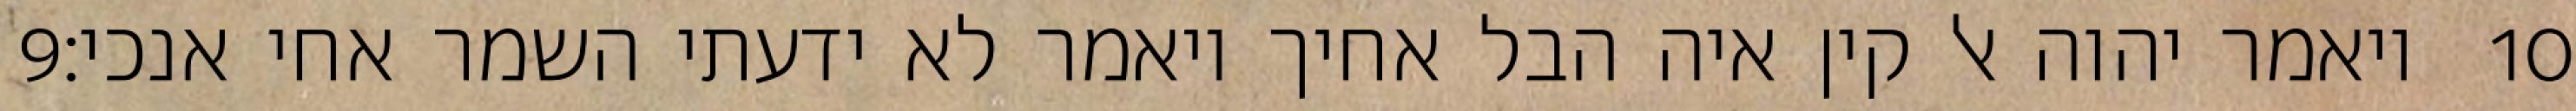
‎9‏ ויאמר יהוה אל קין איה הבל אחיך ויאמר לא ידעתי השמר אחי אנכי׃ ‎10‏